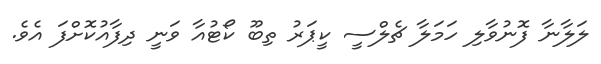
ލަލާނާ ފޮނުވާލި ހަމަލާ ޗެލްސީ ކީޕަރު ތިބޫ ކޯޓުއާ ވަނީ ދިފާއުކޮށްފަ އެވެ.